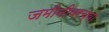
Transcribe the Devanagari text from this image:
जमीनीवरच्या